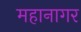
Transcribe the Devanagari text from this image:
महानागर